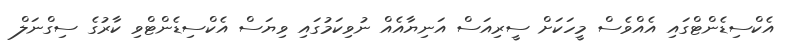
އެކްސިޑެންޓްގައި އެއްވެސް މީހަކަށް ސީރިއަސް އަނިޔާއެއް ނުވިކަމުގައި ވިޔަސް އެކްސިޑެންޓްވި ކާރުގެ ސިގްނަލް